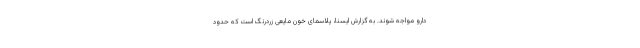
دارو مواجه شوند. به گزارش ایسنا، پلاسمای خون مایعی زردرنگ است که حدود